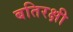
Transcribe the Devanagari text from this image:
बतिरक्षी